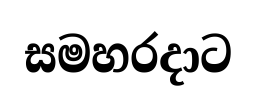
සමහරදාට